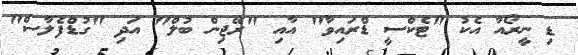
ޑި ނީރޯއާ އެކު "ޓެކްސީ ޑްރައިވާ" އާއި "ރޭޖިން ބުލް" އަދި "ގުޑްފެލާސް"